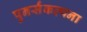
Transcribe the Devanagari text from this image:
पुनर्संकल्पना